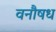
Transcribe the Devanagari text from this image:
वनौषध